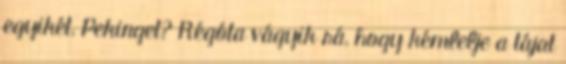
egyikét, Pekinget? Régóta vágyik rá, hogy kémlelje a tájat